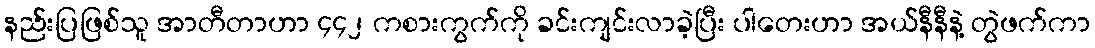
နည်းပြဖြစ်သူ အာတီတာဟာ ၄၄၂ ကစားကွက်ကို ခင်းကျင်းလာခဲ့ပြီး ပါတေးဟာ အယ်နီနီနဲ့ တွဲဖက်ကာ